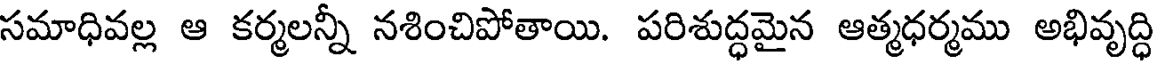
సమాధివల్ల ఆ కర్మలన్నీ నశించిపోతాయి. పరిశుద్ధమైన ఆత్మధర్మము అభివృద్ధి